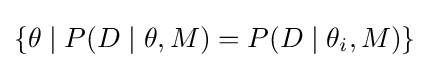
\{\theta \mid P(D\mid \theta ,M)=P(D\mid \theta _{i},M)\}